Jaan_Tonisson_(Lasteleht), lk 257
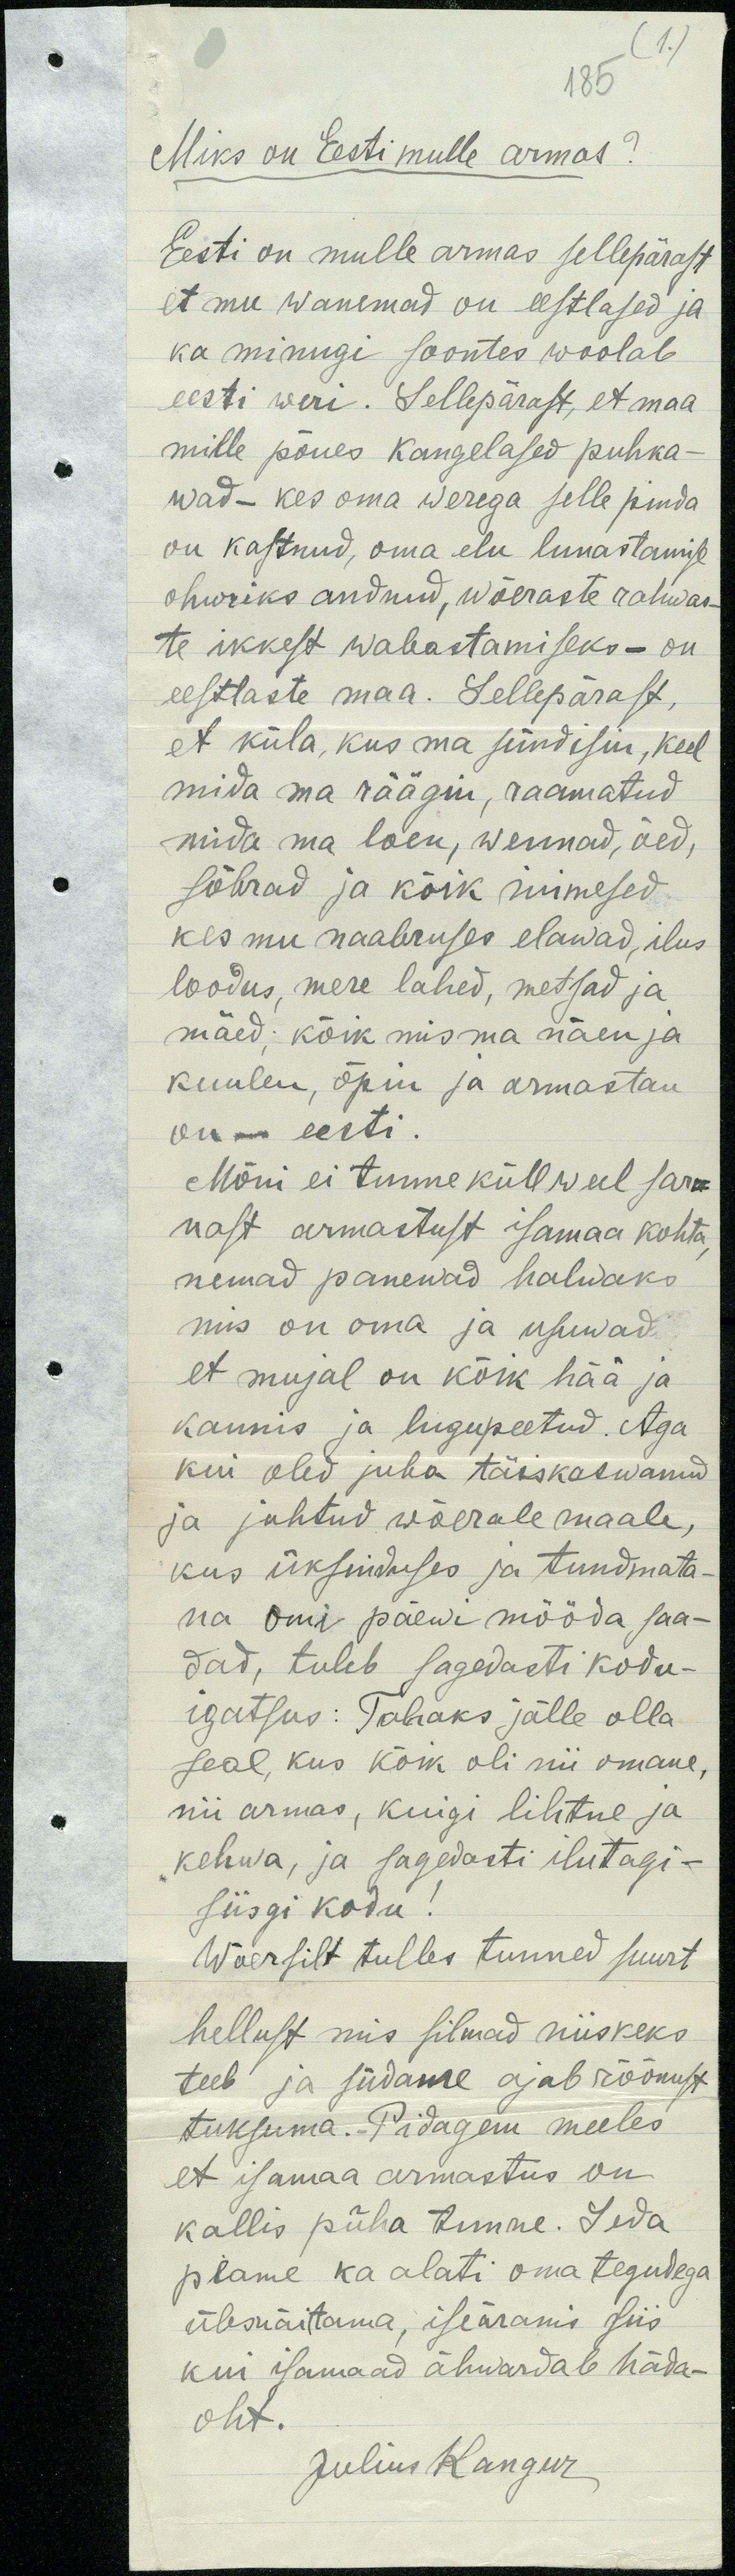
185
(1)
Miks on Eesti mulle armas?
Eesti on mulle armas sellepärast
et mu wanemad on eestlased ja
ka minugi soontes woolab
eesti weri. Sellepärast, et maa
mille põues kangelased puhka-
wad - kes oma werega selle pinda
on kastnud, oma elu lunastamise
ohwriks andnud, wõeraste rahwas-
te ikkest wabastamiseks - on
eestlaste maa. Sellepärast,
et küla, kus ma sündisin, keel
mida ma räägin, raamatud
mida ma loen, wennad, õed,
sõbrad ja kõik inimesed
kes mu naabruses elawad, ilus
loodus, mere lahed, metsad ja
mäed; kõik mis ma näen ja
kuulen, õpin ja armastan
on - eesti.
Mõni ei tunne küll weel sar-
nast armastust isamaa kohta
nemad panewad halwaks
mis on oma ja usuwad
et mujal on kõik hää ja
kaunis ja lugupeetud. Aga
kui oled juba täiskaswanud
ja juhtud wõerale maale,
kus üksiduses ja tundmata-
na omi päewi mööda saa-
dad, tuleb sagedasti kodu-
igatsus: Tahaks jälle olla
seal, kus kõik oli nii omane,
nii armas, kuigi lihtne ja
kehwa, ja sagedasti ilutagi-
siisgi kodu!
Wõersilt tulles tunned suurt
hellust mis silmad niiskeks
teeb ja südame ajab rõõmust
tuksuma. Pidagem meeles
et isamaa armastus on
kallis püha tunne. Seda
peame ka alati oma tegudega
ülesnäitama, iseäranis siis
kui isamaad ähwardab häda-
oht.
Julius Kangur